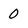
Character: 0